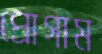
প্রোগাম